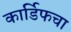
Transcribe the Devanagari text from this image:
कार्डिफचा